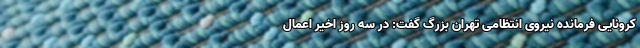
کرونایی فرمانده نیروی انتظامی تهران بزرگ گفت: در سه روز اخیر اعمال